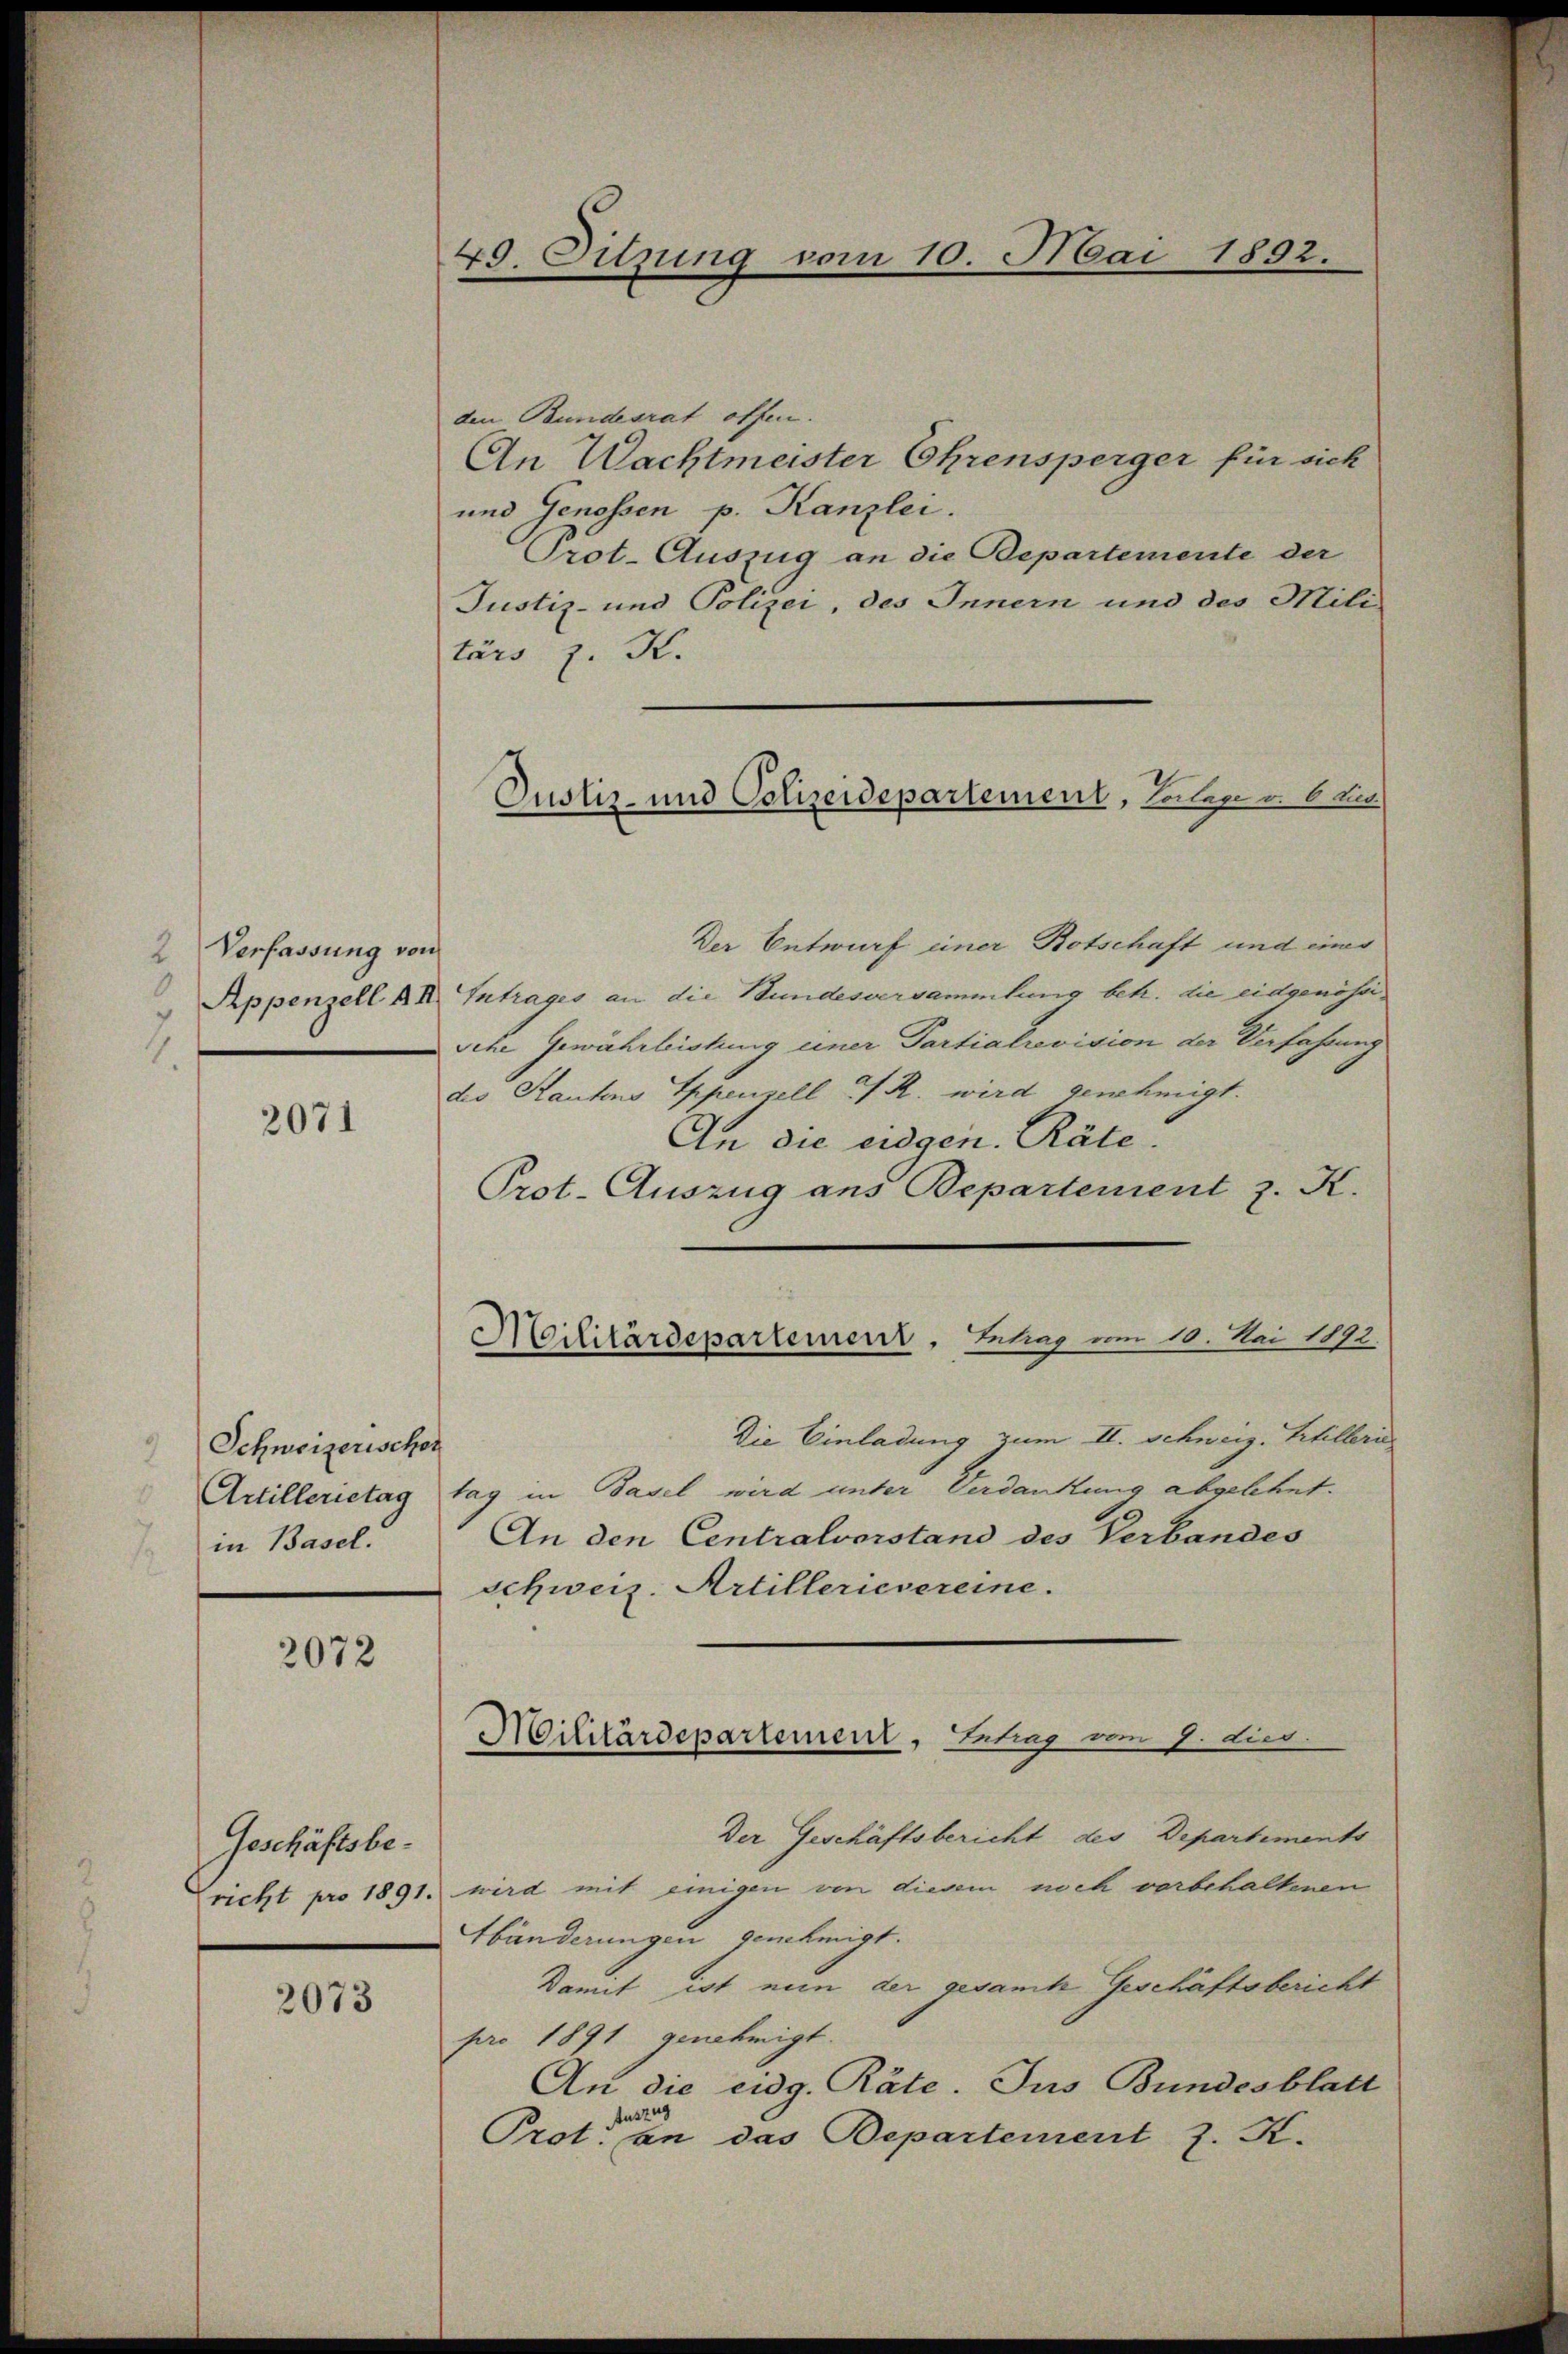
2 Verfassung von

2071

Schweizerischon
Artillerietag
in Basel.

2072

Geschäftsbericht pro 1891.

2073

49. Sitzung vom 10. Mai 1892.

den Bundesrat offen.
An Wachtmeister Ohrensperger für sich
und Genossen p. Kanzlei.
Prot-Auszug an die Departemente der
Justiz- und Polizei, des Innern und des Mili
tärs z. K.
Der Entwurf einer Botschaft und einer
Appenzell AI. Intrages an die Bundesversammlung betr. die eidgenössi¬
Iche Gewährleistung einer Partialrevision der Verfahrung
des Rautens Appenzell A. R. wird genehmigt.
An die eidgen. Räte.
Prot. Auszug aus Departement z. K.
Die Einladung zum II. Schweiz. Stilleris
tag in Basel wird unter Verdankung abgelehnt.
An den Centralvorstand des Verbandes
schweiz. Artillerievereine.
Militärdepartement, Eintrag/Antrag vom 2. Lies.
Der Geschäftsbericht des Departements
wird mit einigen von diesem noch vorbehaltenen
Hbänderungen genehmigt.
Damit ist nein der gesamt Geschäftsbericht
pro 1891 genehmigt.
An die eidg. Räte. Ins Bundesblatt
fusz
Prot. an das Departement z. K.

Militärdepartement, Betrag am 10. Mai 1892.